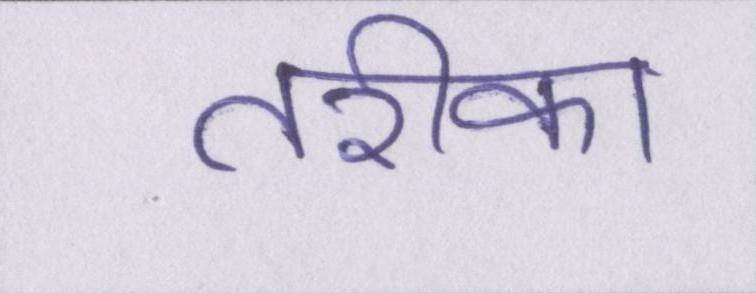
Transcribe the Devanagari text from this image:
तरीका